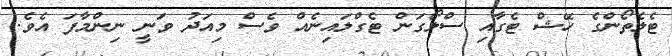
ޓެލެތޯންގެ ހޭޝް ޓެގާއި ސްލޯގަން ޓެގްލައިނެއް ވެސް މިއަދު ވަނީ ނިންމާފަ އެވެ.